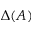
\Delta ( A )